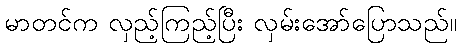
မာတင်က လှည့်ကြည့်ပြီး လှမ်းအော်ပြောသည်။